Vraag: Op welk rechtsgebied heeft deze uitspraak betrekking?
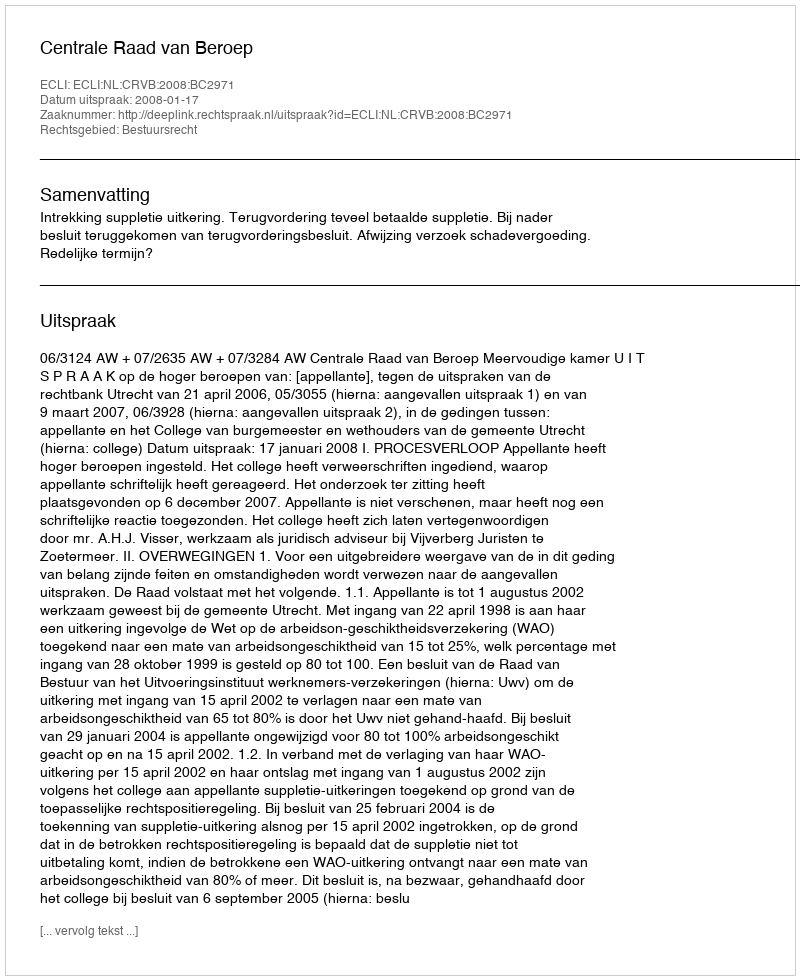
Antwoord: Bestuursrecht